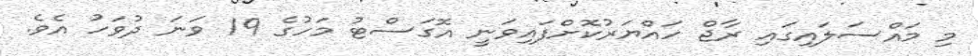
މި މައްސަލައިގައި ރާޖް ހައްޔަރުކޮށްފައިވަނީ އޮގަސްޓު މަހުގެ 19 ވަނަ ދުވަހު އެވެ.